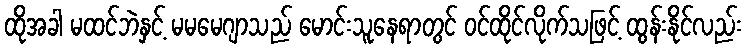
ထိုအခါ မထင်ဘဲနှင့် မမမေဂျာသည် မောင်းသူနေရာတွင် ဝင်ထိုင်လိုက်သဖြင့် ထွန်းနိုင်လည်း